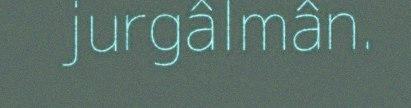
jurgâlmân.